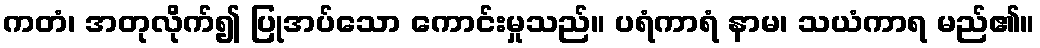
ကတံ၊ အတုလိုက်၍ ပြုအပ်သော ကောင်းမှုသည်။ ပရံကာရံ နာမ၊ သယံကာရ မည်၏။